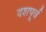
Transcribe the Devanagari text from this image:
दशपूर्व